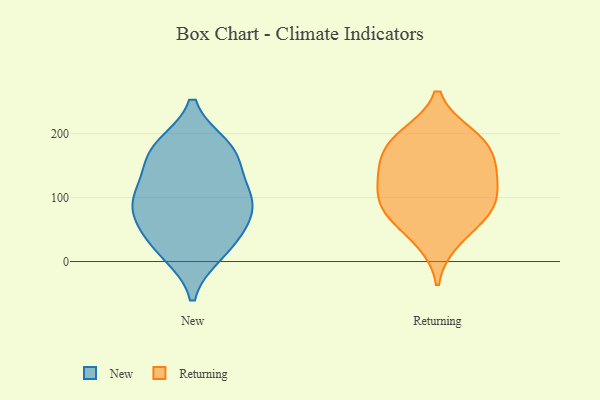
{"axis": {"x": "Bounce Rate (%)", "y": "Value"}, "legend": ["New", "Returning"], "data": [{"x": "", "y": 44, "type": "New"}, {"x": "", "y": 98, "type": "New"}, {"x": "", "y": 13, "type": "New"}, {"x": "", "y": 77, "type": "New"}, {"x": "", "y": 108, "type": "New"}, {"x": "", "y": 17, "type": "New"}, {"x": "", "y": 176, "type": "New"}, {"x": "", "y": 88, "type": "New"}, {"x": "", "y": 157, "type": "New"}, {"x": "", "y": 170, "type": "New"}, {"x": "", "y": 108, "type": "New"}, {"x": "", "y": 55, "type": "New"}, {"x": "", "y": 179, "type": "New"}, {"x": "", "y": 185, "type": "Returning"}, {"x": "", "y": 191, "type": "Returning"}, {"x": "", "y": 123, "type": "Returning"}, {"x": "", "y": 66, "type": "Returning"}, {"x": "", "y": 86, "type": "Returning"}, {"x": "", "y": 197, "type": "Returning"}, {"x": "", "y": 158, "type": "Returning"}, {"x": "", "y": 32, "type": "Returning"}, {"x": "", "y": 82, "type": "Returning"}, {"x": "", "y": 131, "type": "Returning"}, {"x": "", "y": 146, "type": "Returning"}, {"x": "", "y": 93, "type": "Returning"}]}